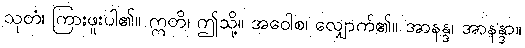
သုတံ၊ ကြားဖူးပါ၏။ ဣတိ၊ ဤသို့။ အဝေါစ၊ လျှောက်၏။ အာနန္ဒ၊ အာနန္ဒာ။